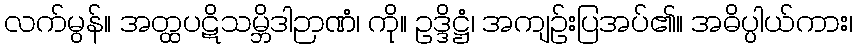
လက်မွန်။ အတ္ထပဋိသမ္ဘိဒါဉာဏံ၊ ကို။ ဥဒ္ဒိဋ္ဌံ၊ အကျဉ်းပြအပ်၏။ အဓိပ္ပါယ်ကား၊